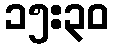
၁၅:၃၀